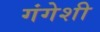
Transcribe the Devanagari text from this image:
गंगेशी